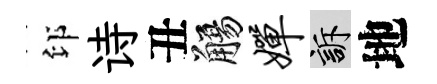
印诗丑觴婵訴地